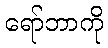
ရော်ဘာကို